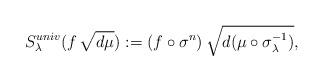
LaTeX: \begin{align*} S_\lambda^{univ} (f\,\sqrt{d\mu}) : = (f \circ \sigma^n) \,\sqrt{d(\mu \circ \sigma_\lambda^{-1})},\end{align*}